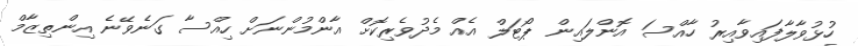
ހުޅުވާލާފައިވާއިރު ހާއްސަ އޮންލައިން ޕޯޓަލް އެއް މެދުވެރިކޮށް އާންމުންނަށް ހިއްސާ ގަނެވޭނެ އިންތިޒާމް